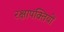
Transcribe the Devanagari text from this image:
रक्षापंक्तियों